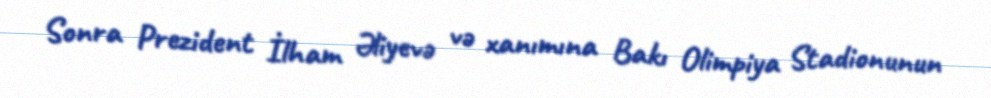
Sonra Prezident İlham Əliyevə və xanımına Bakı Olimpiya Stadionunun